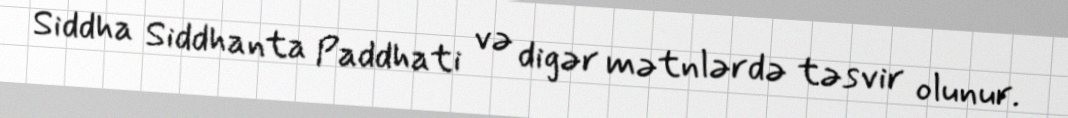
Siddha Siddhanta Paddhati və digər mətnlərdə təsvir olunur.